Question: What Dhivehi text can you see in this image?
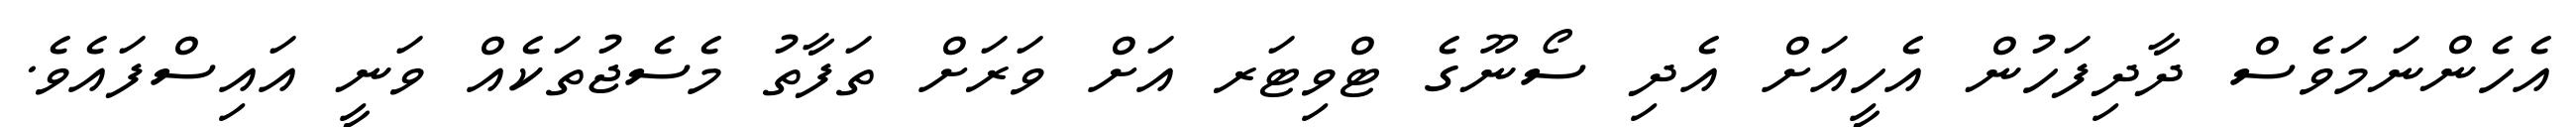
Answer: އެހެންނަމަވެސް ދާދިފަހުން އެހީއަށް އެދި ސޯނޫގެ ޓްވިޓަރ އަށް ވަރަށް ތަފާތު މެސެޖުތަކެއް ވަނީ އައިސްފައެވެ.